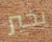
بخير